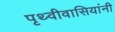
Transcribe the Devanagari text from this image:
पृथ्वीवासियांनी